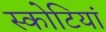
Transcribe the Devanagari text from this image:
स्कोटियां